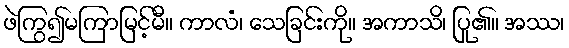
ဖဲကြွ၍မကြာမြင့်မီ။ ကာလံ၊ သေခြင်းကို။ အကာသိ၊ ပြု၏။ အဿ၊